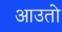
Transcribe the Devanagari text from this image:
आउतो